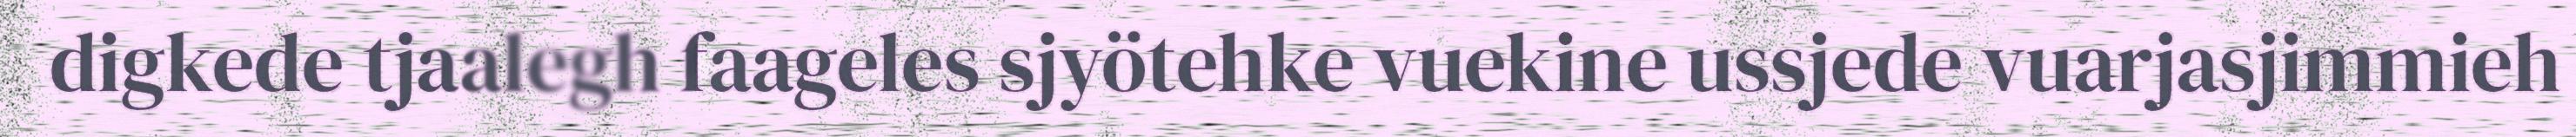
digkede tjaalegh faageles sjyötehke vuekine ussjede vuarjasjimmieh